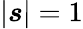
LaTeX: \left|\boldsymbol{s}\right|=1